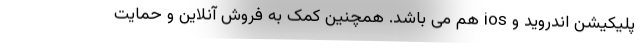
پلیکیشن اندروید و ios هم می باشد. همچنین کمک به فروش آنلاین و حمایت